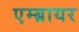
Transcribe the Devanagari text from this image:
एम्ब्रायर